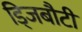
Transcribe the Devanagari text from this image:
ड्जिबौटी